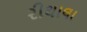
રીથાલા